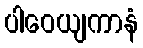
ပါဝေယျကာနံ